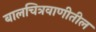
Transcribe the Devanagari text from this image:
बालचित्रवाणीतील